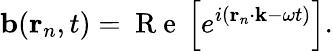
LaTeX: \mathbf{b}(\mathbf{r}_{n},t)=\mathrm{~R~e~}\left[e^{i\left(\mathbf{r}_{n}\cdot\mathbf{k}-\omega t\right)}\right].